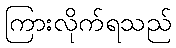
ကြားလိုက်ရသည်